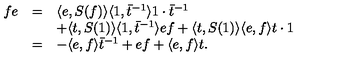
\begin{array} { r c l } { f e } & { = } & { \langle e , S ( f ) \rangle \langle 1 , { \bar { t } } ^ { - 1 } \rangle 1 \cdot \bar { t } ^ { - 1 } } \\ { } & { } & { + \langle t , S ( 1 ) \rangle \langle 1 , \bar { t } ^ { - 1 } \rangle e f + \langle t , S ( 1 ) \rangle \langle e , f \rangle t \cdot 1 } \\ { } & { = } & { - \langle e , f \rangle { \bar { t } } ^ { - 1 } + e f + \langle e , f \rangle t . } \\ \end{array}